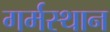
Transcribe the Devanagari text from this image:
गर्मस्थान